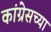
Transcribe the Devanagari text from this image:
कांग्रेसच्या